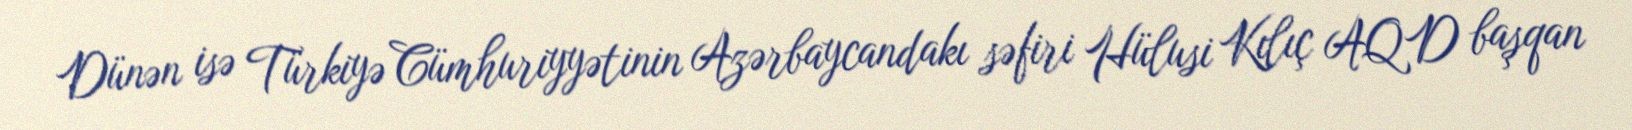
Dünən isə Türkiyə Cümhuriyyətinin Azərbaycandakı səfiri Hülusi Kılıç AQD başqan